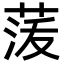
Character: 𮏟